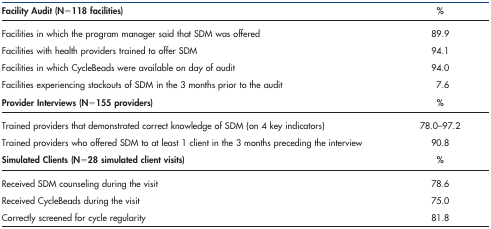
<table><thead><tr><td><b>Facility Audit (N = 118 facilities)</b></td><td><b>%</b></td></tr></thead><tbody><tr><td>Facilities in which the program manager said that SDM was offered</td><td>89.9</td></tr><tr><td>Facilities with health providers trained to offer SDM</td><td>94.1</td></tr><tr><td>Facilities in which CycleBeads were available on day of audit</td><td>94.0</td></tr><tr><td>Facilities experiencing stockouts of SDM in the 3 months prior to the audit</td><td>7.6</td></tr><tr><td><b>Provider Interviews (N = 155 providers)</b></td><td><b>%</b></td></tr><tr><td>Trained providers that demonstrated correct knowledge of SDM (on 4 key indicators)</td><td>78.0–97.2</td></tr><tr><td>Trained providers who offered SDM to at least 1 client in the 3 months preceding the interview</td><td>90.8</td></tr><tr><td><b>Simulated Clients (N = 28 simulated client visits)</b></td><td><b>%</b></td></tr><tr><td>Received SDM counseling during the visit</td><td>78.6</td></tr><tr><td>Received CycleBeads during the visit</td><td>75.0</td></tr><tr><td>Correctly screened for cycle regularity</td><td>81.8</td></tr></tbody></table>